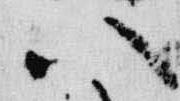
八